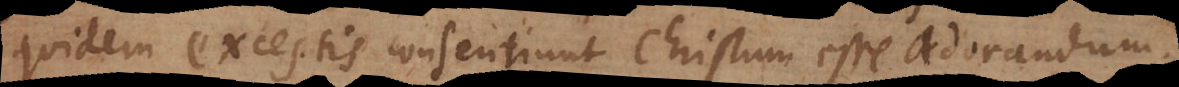
quidem exceptis consentiunt Christum esse adorandum.